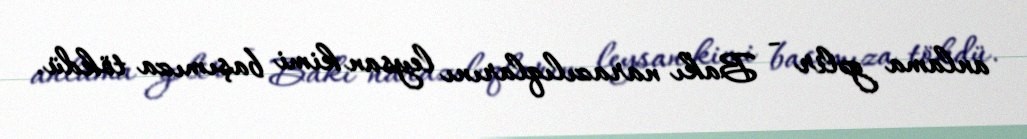
anlama gəlir - Bakı narazılıqlarını leysan kimi başımıza tökdü.